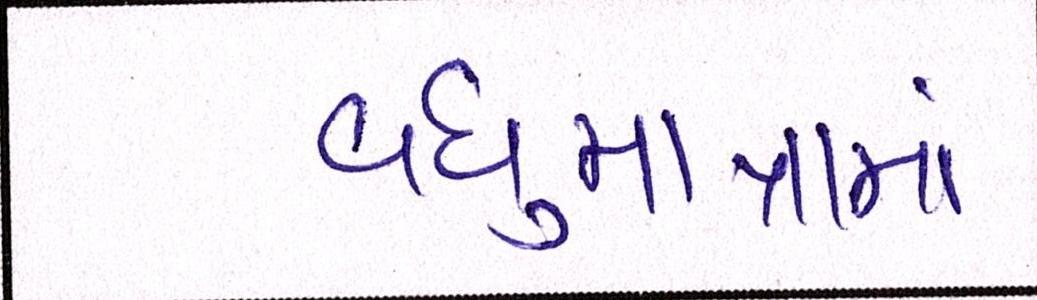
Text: વધુમાત્રામાં